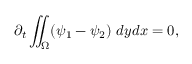
\partial _ { t } \iint _ { \Omega } ( \psi _ { 1 } - \psi _ { 2 } ) \ d y d x = 0 ,